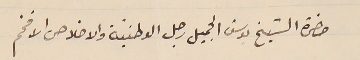
حضرة الشيخ يوسف الجميل رجل الوطنيّة والاخلاص الافخم